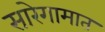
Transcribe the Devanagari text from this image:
सारेगामात